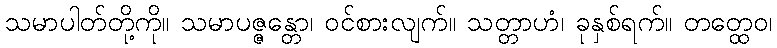
သမာပါတ်တို့ကို။ သမာပဇ္ဇန္တော၊ ဝင်စားလျက်။ သတ္တာဟံ၊ ခုနှစ်ရက်။ တတ္ထေဝ၊